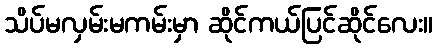
သိပ်မလှမ်းမကမ်းမှာ ဆိုင်ကယ်ပြင်ဆိုင်လေး။